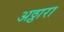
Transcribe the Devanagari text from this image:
अठ्ठारा